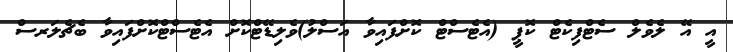
އީ އޭ ލެވެލް ސެޓްފިކެޓް ކޮޕީ (އެޓެސްޓް ކޮށްފައިވާ އަސްލު)ވެލިޑޭޓްކޮށް އެޓެސްޓްކޮށްފައިވާ ބެޗެލަރސް